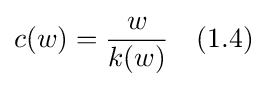
c(w)={\frac {w}{k(w)}}\quad (1.4)